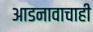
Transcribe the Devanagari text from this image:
आडनावाचाही